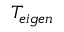
T _ { e i g e n }